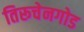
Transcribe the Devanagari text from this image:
तिरूचेनगोड